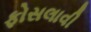
ફોસલાવી